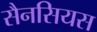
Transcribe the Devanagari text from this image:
सैनसियस